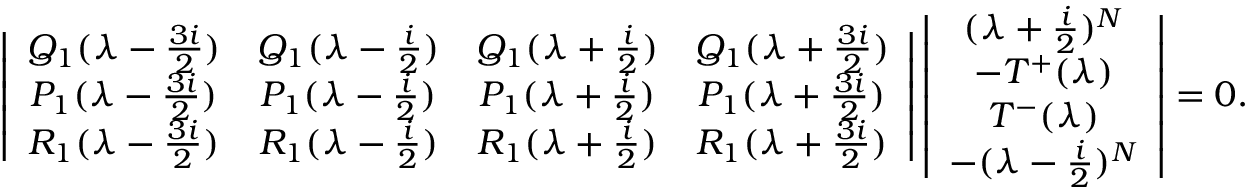
\left| \begin{array} { c c c c } { { Q _ { 1 } ( \lambda - \frac { 3 i } { 2 } ) } } & { { Q _ { 1 } ( \lambda - \frac { i } { 2 } ) } } & { { Q _ { 1 } ( \lambda + \frac { i } { 2 } ) } } & { { Q _ { 1 } ( \lambda + \frac { 3 i } { 2 } ) } } \\ { { P _ { 1 } ( \lambda - \frac { 3 i } { 2 } ) } } & { { P _ { 1 } ( \lambda - \frac { i } { 2 } ) } } & { { P _ { 1 } ( \lambda + \frac { i } { 2 } ) } } & { { P _ { 1 } ( \lambda + \frac { 3 i } { 2 } ) } } \\ { { R _ { 1 } ( \lambda - \frac { 3 i } { 2 } ) } } & { { R _ { 1 } ( \lambda - \frac { i } { 2 } ) } } & { { R _ { 1 } ( \lambda + \frac { i } { 2 } ) } } & { { R _ { 1 } ( \lambda + \frac { 3 i } { 2 } ) } } \end{array} \right| \left| \begin{array} { c } { { ( \lambda + \frac { i } { 2 } ) ^ { N } } } \\ { { - T ^ { + } ( \lambda ) } } \\ { { T ^ { - } ( \lambda ) } } \\ { { - ( \lambda - \frac { i } { 2 } ) ^ { N } } } \end{array} \right| = 0 .